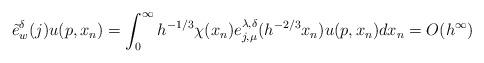
LaTeX: \begin{align*}\tilde{e}_w^\delta(j)u(p,x_n)=\int_0^\infty h^{-1/3}\chi(x_n)e_{j,\mu}^{\lambda,\delta}(h^{-2/3}x_n)u(p,x_n)dx_n=O(h^\infty)\end{align*}